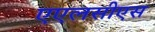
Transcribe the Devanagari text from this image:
एएलसीएस